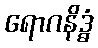
ရောဂနိဒ္ဓံ